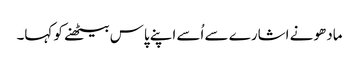
مادھو نے اشارے سے اُسے اپنے پاس بیٹھنے کو کہا۔